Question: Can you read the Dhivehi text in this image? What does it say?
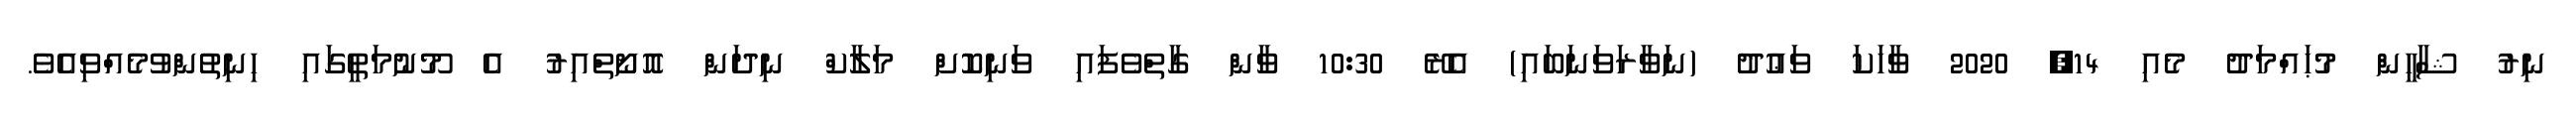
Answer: ނިރު ޝާހީން މުޙައްމަދު މެއި 14, 2020 ވާހަކަ ވަޢުދު (ނަވާރަވަނަބައި) އެރޭ 10:30 ވާން ގާތްވެފައި ވަނިކޮށް މަލާކް ނިދަން އޮށޯތްއިރު އެ މޫނުމަތީގައި ހިނިތުންވުމެއްވިއެވެ.